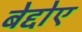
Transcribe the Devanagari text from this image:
बेद्दोए